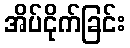
အိပ်ငိုက်ခြင်း